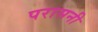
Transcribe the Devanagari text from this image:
परासनी